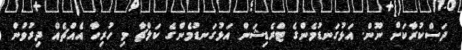
ދަސްކުރާކަށް ނޫން. އަޅުގަނޑުމެންގެ ޓްރެޑިޝަން އަޅުގަނޑުމެންގެ ކަލްޗާ މި ހުރިހާ އެއްޗެއް ދިރުވުން